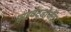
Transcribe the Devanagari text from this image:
प्राइवेट्डोजेंट